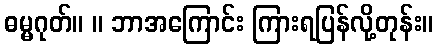
ဓမ္မဂုတ်။ ။ ဘာအကြောင်း ကြားရပြန်လို့တုန်း။